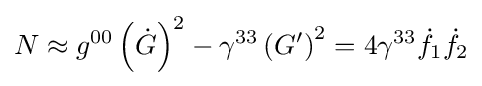
N\approx g^{00}\left({\dot {G}}\right)^{2}-\gamma ^{33}\left(G^{\prime }\right)^{2}=4\gamma ^{33}{\dot {f}}_{1}{\dot {f}}_{2}